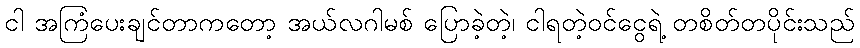
ငါ အကြံပေးချင်တာကတော့ အယ်လဂါမစ် ပြောခဲ့တဲ့၊ ငါရတဲ့ဝင်ငွေရဲ့ တစိတ်တပိုင်းသည်